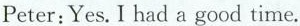
Peter:Yes. I had a good time.